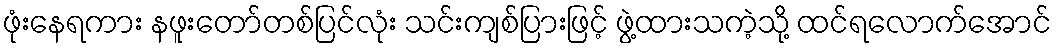
ဖုံးနေရကား နဖူးတော်တစ်ပြင်လုံး သင်းကျစ်ပြားဖြင့် ဖွဲ့ထားသကဲ့သို့ ထင်ရလောက်အောင်